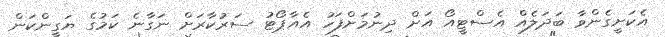
އެކަށީގެންވާ ބަދަލެއް އެސްޓީއޯ އަށް ދިނުމަށްފަހު އެއާޕޯޓު ސަރުކާރަށް ނަގާނެ ކަމުގެ ޔަގީންކަން